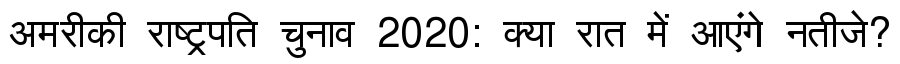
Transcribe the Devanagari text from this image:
अमरीकी राष्ट्रपति चुनाव 2020: क्या रात में आएंगे नतीजे?